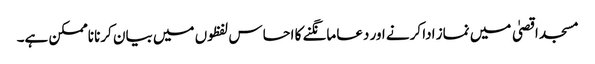
مسجد اقصیٰ میں نماز ادا کرنے اور دعا مانگنے کا احساس لفظوں میں بیان کرنا ناممکن ہے۔